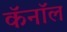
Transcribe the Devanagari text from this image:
कॅनाॅल